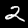
Label: 2